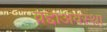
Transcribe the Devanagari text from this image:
व्रद्दाअवस्था